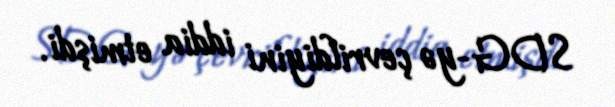
SDG-yə çevrildiyini iddia etmişdi.